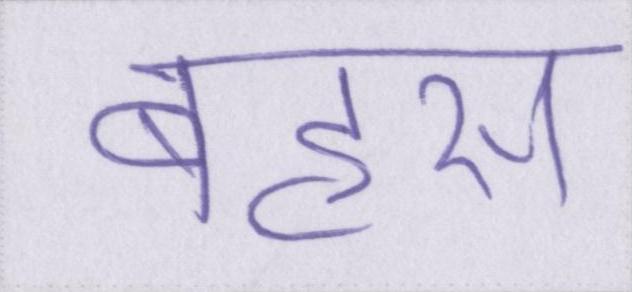
बहस